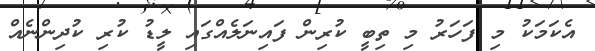
އެކަމަކު މި ފަހަރު މި ތިބީ ކުރިން ފައިނަލެއްގައި ލީޑު ކުރި ކުދިންނެއް